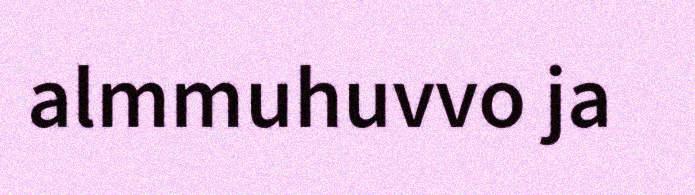
almmuhuvvo ja